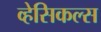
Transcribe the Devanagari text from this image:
व्हेसिकल्स